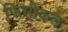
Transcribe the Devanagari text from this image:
फिसीकल